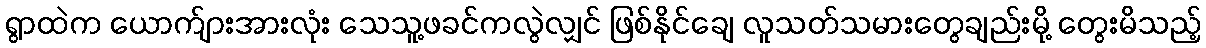
ရွာထဲက ယောက်ျားအားလုံး သေသူ့ဖခင်ကလွဲလျှင် ဖြစ်နိုင်ချေ လူသတ်သမားတွေချည်းမို့ တွေးမိသည့်